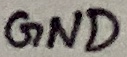
Text: GND